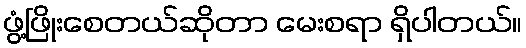
ဖွံ့ဖြိုးစေတယ်ဆိုတာ မေးစရာ ရှိပါတယ်။